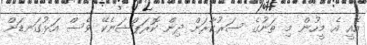
އެއީ އެ މީހުން މި ތަނުގެ ސަރުކާރަށް ދިން ކޮރަޕްޝަނެކޭ ވެސް އަޅުގަނޑަށް